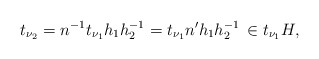
\begin{align*}t_{\nu_2} = n^{-1} t_{\nu_1} h_1 h_2^{-1} = t_{\nu_1} n' h_1 h_2^{-1} \,\in t_{\nu_1} H,\end{align*}